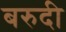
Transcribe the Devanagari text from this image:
बरुदी